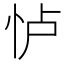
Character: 𱞋